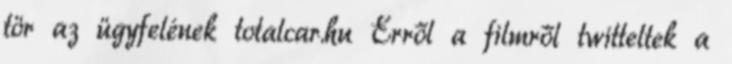
tör az ügyfelének totalcar.hu Erről a filmről twitteltek a